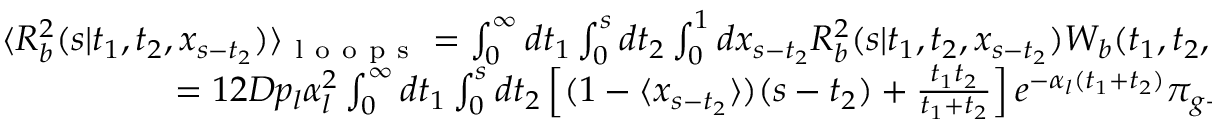
\begin{array} { r } { \langle { \cal R } _ { b } ^ { 2 } ( s | t _ { 1 } , t _ { 2 } , x _ { s - t _ { 2 } } ) \rangle _ { \mathrm { ~ l ~ o ~ o ~ p ~ s ~ } } = \int _ { 0 } ^ { \infty } d t _ { 1 } \int _ { 0 } ^ { s } d t _ { 2 } \int _ { 0 } ^ { 1 } d x _ { s - t _ { 2 } } { \cal R } _ { b } ^ { 2 } ( s | t _ { 1 } , t _ { 2 } , x _ { s - t _ { 2 } } ) { \cal W } _ { b } ( t _ { 1 } , t _ { 2 } , x _ { s - t _ { 2 } } ; s ) = } \\ { = 1 2 D p _ { l } \alpha _ { l } ^ { 2 } \int _ { 0 } ^ { \infty } d t _ { 1 } \int _ { 0 } ^ { s } d t _ { 2 } \left[ ( 1 - \langle x _ { s - t _ { 2 } } \rangle ) ( s - t _ { 2 } ) + \frac { t _ { 1 } t _ { 2 } } { t _ { 1 } + t _ { 2 } } \right] e ^ { - \alpha _ { l } ( t _ { 1 } + t _ { 2 } ) } \pi _ { g \to g } ( s - t _ { 2 } ) . } \end{array}